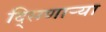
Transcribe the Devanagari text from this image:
दि्सणार्‍या